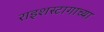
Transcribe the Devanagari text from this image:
राइशस्टागाच्या